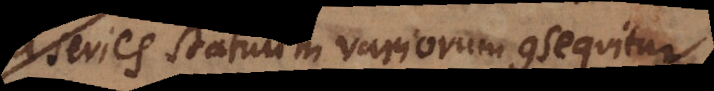
series statuum variorum consequitur,